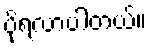
ပိုရလာပါတယ်။